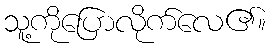
သူ့ကိုပြောလိုက်လေ၏။